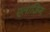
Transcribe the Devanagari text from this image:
एलाज़िग